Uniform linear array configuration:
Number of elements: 24
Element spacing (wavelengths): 0.5
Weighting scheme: hann
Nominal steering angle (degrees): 60
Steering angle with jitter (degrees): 60.494
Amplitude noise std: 0.05
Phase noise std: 0.05

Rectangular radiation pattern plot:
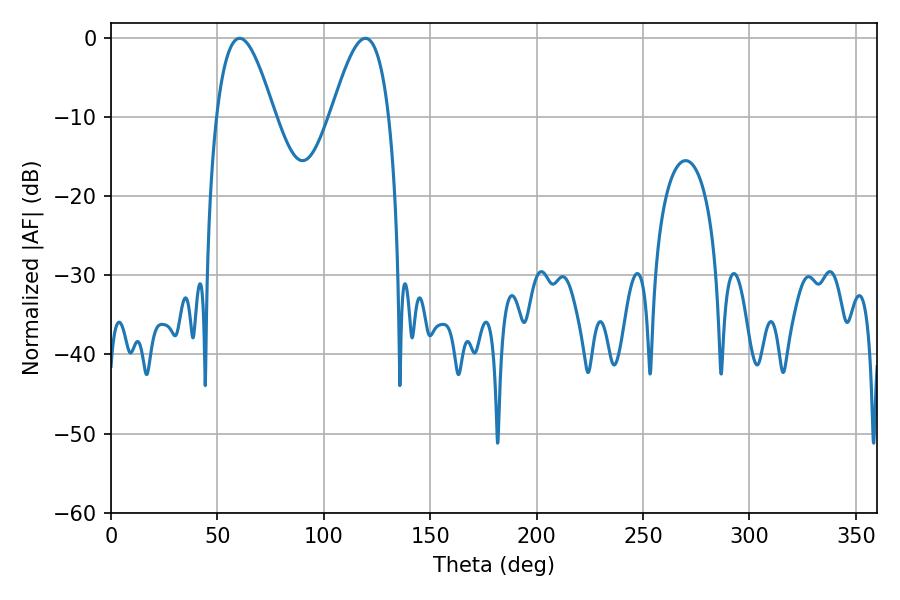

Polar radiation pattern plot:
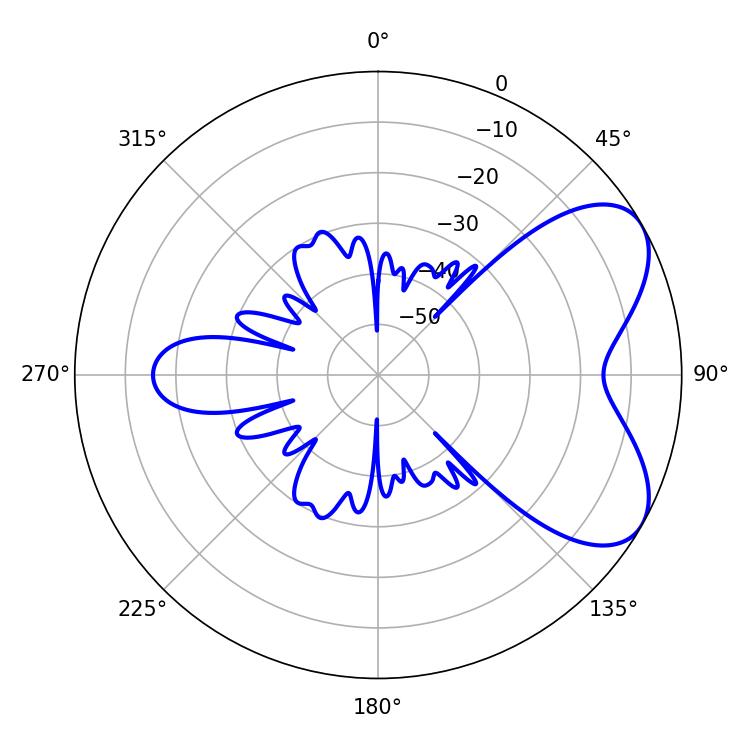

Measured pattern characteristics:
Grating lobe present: FALSE
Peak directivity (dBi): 6.065
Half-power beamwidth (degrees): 14.76
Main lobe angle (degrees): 60.48